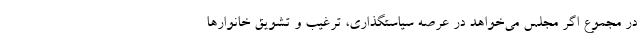
در مجموع اگر مجلس می‌خواهد در عرصه سیاستگذاری، ترغیب و تشویق خانوارها